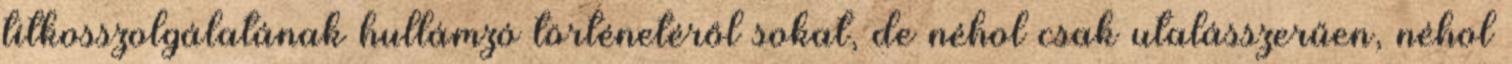
titkosszolgálatának hullámzó történetéről sokat, de néhol csak utalásszerűen, néhol